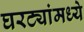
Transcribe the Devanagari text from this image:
घरट्यांमध्ये